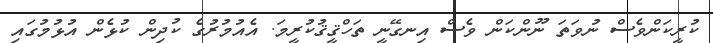
ކުރީކަންވެސް ނުވަތަ ނޫންކަން ވެސް އިނގޭނީ ތަހްޤީޤުކުރީމަ. އެއުމުރުގެ ކުދިން ކުޅެން އުޅުމުގައި